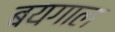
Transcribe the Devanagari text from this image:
बयगाल